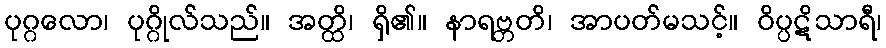
ပုဂ္ဂလော၊ ပုဂ္ဂိုလ်သည်။ အတ္ထိ၊ ရှိ၏။ နာရဗ္ဘတိ၊ အာပတ်မသင့်။ ဝိပ္ပဋိသာရီ၊